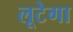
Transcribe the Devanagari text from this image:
लूटेगा